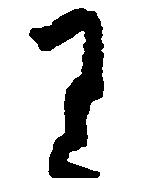
り